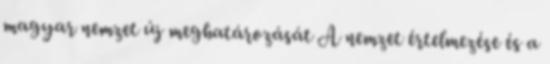
magyar nemzet új meghatározását A nemzet értelmezése és a